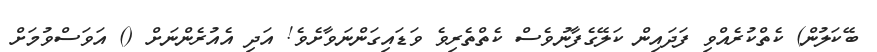
ބޭކަލުން) ކެތްކުރެއްވި ފަދައިން ކަލޭގެފާނުވެސް ކެތްތެރިވެ ވަޑައިގަންނަވާށެވެ! އަދި އެއުރެންނަށް () އަވަސްވުމަށް